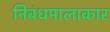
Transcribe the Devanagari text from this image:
निबंधमालाकार